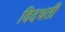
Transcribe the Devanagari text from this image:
विदधतीं